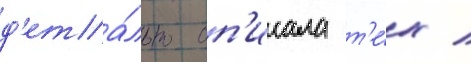
д'ета́льно оп'исала т'е́х /